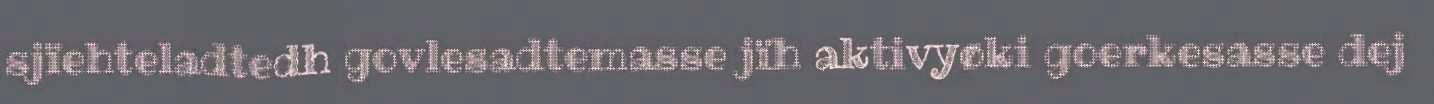
sjïehteladtedh govlesadtemasse jïh aktivyøki goerkesasse dej